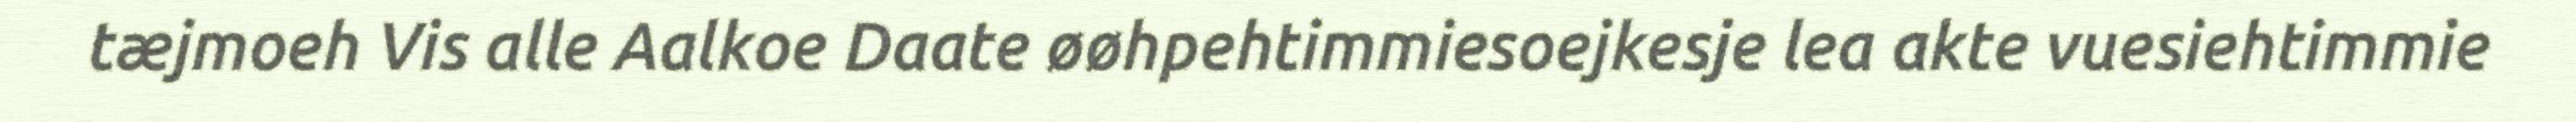
tæjmoeh Vis alle Aalkoe Daate øøhpehtimmiesoejkesje lea akte vuesiehtimmie